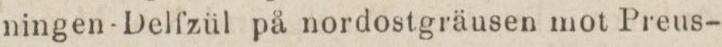
ningen-Delfzül på nordostgräusen mot Preus-